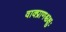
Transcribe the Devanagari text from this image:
वाक्प्राणश्चक्षुः